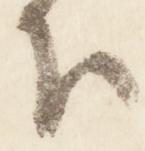
下